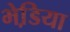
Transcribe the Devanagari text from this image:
भेडि़या